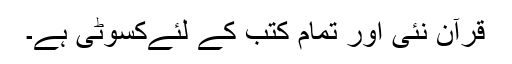
قرآن نئی اور تمام کتب کے لئےکسوٹی ہے۔